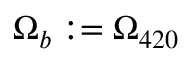
\Omega _ { b } : = \Omega _ { 4 2 0 }